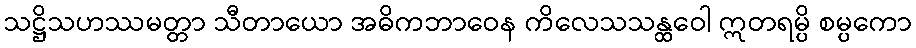
သဋ္ဌိသဟဿမတ္တာ သီတာယော အဓိကဘာဝေန ကိလေသသန္ထဝေါ ဣတရမ္ပိ စမ္ပကော